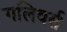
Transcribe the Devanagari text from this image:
गलिवर्स